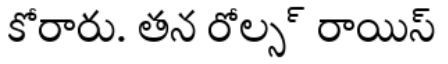
కోరారు. తన రోల్స్ రాయిస్